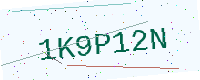
Text: 1K9P12N